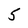
Character: 5